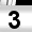
Digit: 3